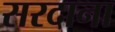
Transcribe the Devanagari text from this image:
सरदाना